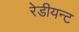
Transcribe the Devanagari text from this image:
रेडीयन्ट